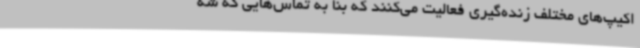
اکیپ‌های مختلف زنده‌گیری فعالیت می‌کنند که بنا به تماس‌هایی که شه